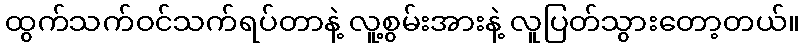
ထွက်သက်ဝင်သက်ရပ်တာနဲ့ လူ့စွမ်းအားနဲ့ လူပြတ်သွားတော့တယ်။